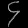
Digit: ၄